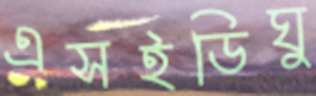
এসইডিঘু